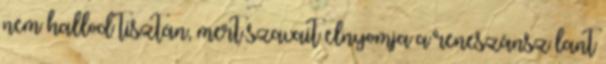
nem hallod tisztán, mert szavait elnyomja a reneszánsz lant